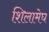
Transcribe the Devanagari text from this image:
शिलामेघ